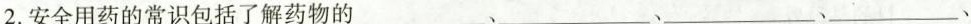
2.安全用药的常识包括了解药物的___、___、___、___、